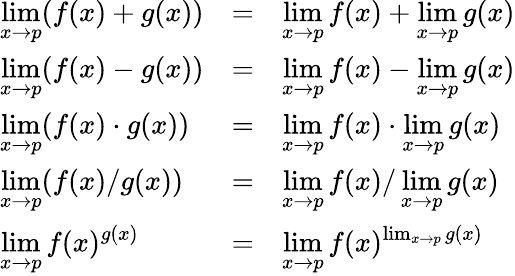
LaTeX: {\begin{array}{lcl}{\displaystyle\operatorname*{lim}_{x\to p}(f(x)+g(x))}&{=}&{\displaystyle\operatorname*{lim}_{x\to p}f(x)+\operatorname*{lim}_{x\to p}g(x)}\\ {\displaystyle\operatorname*{lim}_{x\to p}(f(x)-g(x))}&{=}&{\displaystyle\operatorname*{lim}_{x\to p}f(x)-\operatorname*{lim}_{x\to p}g(x)}\\ {\displaystyle\operatorname*{lim}_{x\to p}(f(x)\cdot g(x))}&{=}&{\displaystyle\operatorname*{lim}_{x\to p}f(x)\cdot\operatorname*{lim}_{x\to p}g(x)}\\ {\displaystyle\operatorname*{lim}_{x\to p}(f(x)/g(x))}&{=}&{\displaystyle{\operatorname*{lim}_{x\to p}f(x)/\operatorname*{lim}_{x\to p}g(x)}}\\ {\displaystyle\operatorname*{lim}_{x\to p}f(x)^{g(x)}}&{=}&{\displaystyle{\operatorname*{lim}_{x\to p}f(x)^{\operatorname*{lim}_{x\to p}g(x)}}}\end{array}}